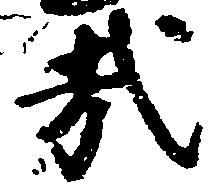
哉